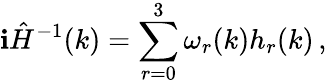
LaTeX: \mathbf{i}\hat{{H}}^{-1}(k)=\sum_{r=0}^{3}\omega_{r}(k)h_{r}(k)\, ,